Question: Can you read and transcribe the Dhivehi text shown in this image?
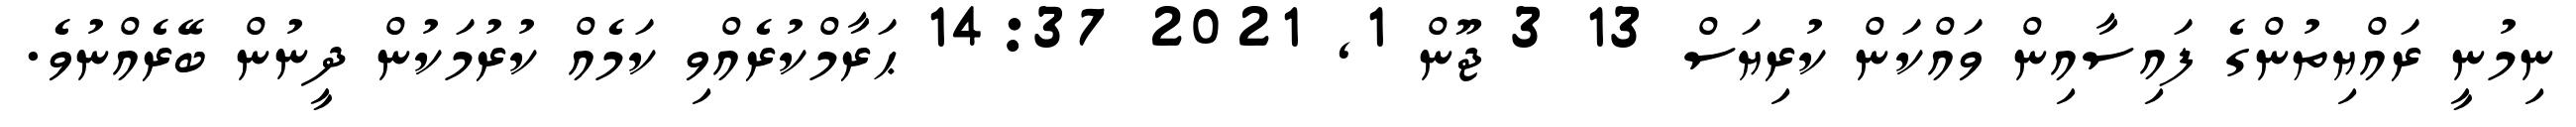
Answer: ނިމުނީ ރައްޔިތުންގެ ފައިސާއިން ވައްކަން ކުރިޔަސް 13 3 ޖޫން 1, 2021 14:37 ޙަރާމްކުރެއްވި ކަމެއް ކުރުމަކުން ދީނުން ބޭރެއްނުވެ.